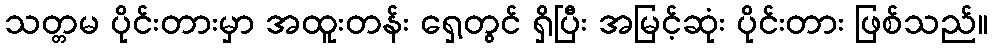
သတ္တမ ပိုင်းတားမှာ အထူးတန်း ရှေ့တွင် ရှိပြီး အမြင့်ဆုံး ပိုင်းတား ဖြစ်သည်။